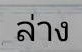
ล่าง